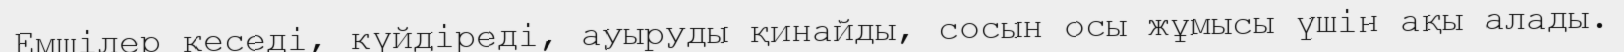
Емшілер кеседі, күйдіреді, ауыруды қинайды, сосын осы жұмысы үшін ақы алады.